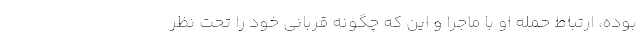
بوده، ارتباط حمله او با ماجرا و این که چگونه قربانی خود را تحت نظر